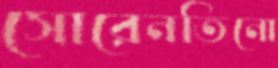
সোরেনতিনো